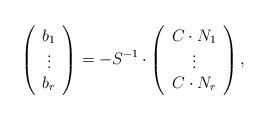
LaTeX: \begin{align*}\left( \begin{array}{c} b_1\\ \vdots\\ b_r\\ \end{array}\right)=-S^{-1}\cdot\left( \begin{array}{c} C\cdot N_1\\ \vdots\\ C\cdot N_r\\ \end{array}\right),\end{align*}